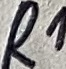
Text: R1